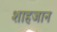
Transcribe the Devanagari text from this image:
शाहजान